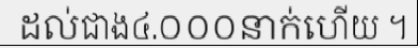
ដល់ជាង៤.០០០នាក់ហើយ ។